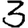
Digit: 3